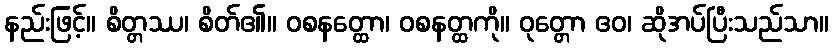
နည်းဖြင့်။ စိတ္တဿ၊ စိတ်၏။ ဝစနတ္ထော၊ ဝစနတ္ထကို။ ဝုတ္တော ဧဝ၊ ဆိုအပ်ပြီးသည်သာ။